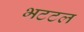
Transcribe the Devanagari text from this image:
भटटल